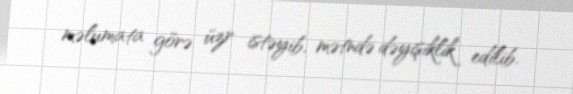
məlumata görə üzr istəyib, mətndə dəyişiklik edilib.